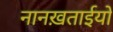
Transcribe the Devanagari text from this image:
नानख़ताईयों